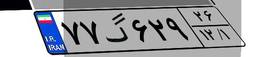
۹۴گ۶۶۷۰۹